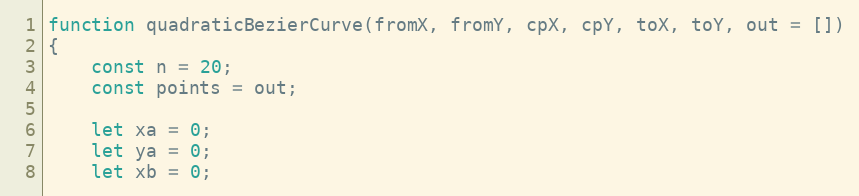
Language: JavaScript
function quadraticBezierCurve(fromX, fromY, cpX, cpY, toX, toY, out = [])
{
    const n = 20;
    const points = out;

    let xa = 0;
    let ya = 0;
    let xb = 0;